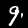
Digit: 9